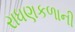
રાધણકળાની